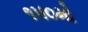
૧૫૦મો